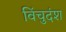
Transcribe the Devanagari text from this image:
विंचुदंश